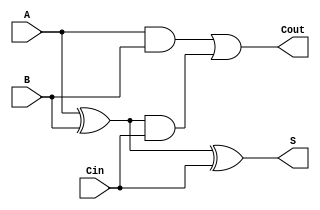
module TreeStructuredFullAdder (
    input wire A,     // First binary input
    input wire B,     // Second binary input
    input wire Cin,   // Carry-in input
    output wire S,    // Sum output
    output wire Cout   // Carry-out output
);

    // Level 1 - Initial Sum Calculation
    wire S1;         // Intermediate sum
    wire C1;         // Carry from A and B
    wire C2;         // Carry from S1 and Cin

    // Compute initial sum S1 = A XOR B
    assign S1 = A ^ B;

    // Compute carry C1 = A AND B
    assign C1 = A & B;

    // Level 2 - Final Sum Calculation
    // Final sum S = S1 XOR Cin
    assign S = S1 ^ Cin;

    // Compute carry C2 = S1 AND Cin
    assign C2 = S1 & Cin;

    // Level 2 - Final Carry Calculation
    // Final carry-out Cout = C1 OR C2
    assign Cout = C1 | C2;

endmodule